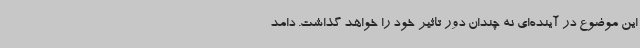
این موضوع در آینده‌ای نه چندان دور تاثیر خود را خواهد گذاشت. دامد